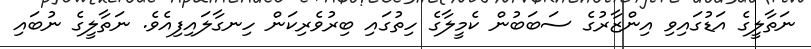
ނަތާލީގެ އަޑުގައިވި އިންޒާރުގެ ސަބަބުން ކެމީލާގެ ހިތުގައި ބިރުވެރިކަން ހިނގާލައިފިއެވެ. ނަތާލީގެ ނުބައި